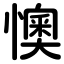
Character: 懊